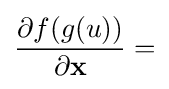
{\frac {\partial f(g(u))}{\partial \mathbf {x} }}=